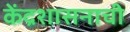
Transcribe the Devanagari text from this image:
केंद्रशासनाची